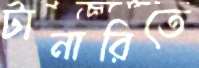
টানারিতে